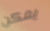
يمكن